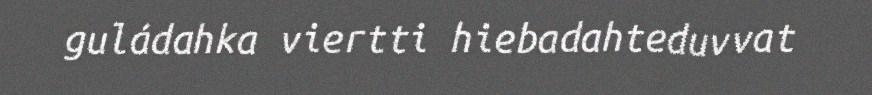
guládahka viertti hiebadahteduvvat